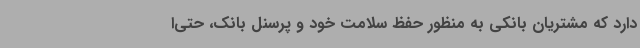
دارد که مشتریان بانکی به منظور حفظ سلامت خود و پرسنل بانک،‌ حتی‌ا